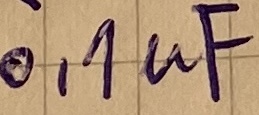
Text: 0,1µF